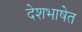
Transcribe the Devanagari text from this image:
देशभाषेत